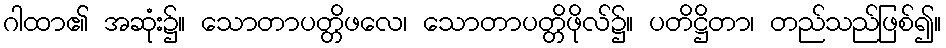
ဂါထာ၏ အဆုံး၌။ သောတာပတ္တိဖလေ၊ သောတာပတ္တိဖိုလ်၌။ ပတိဋ္ဌိတာ၊ တည်သည်ဖြစ်၍။